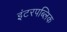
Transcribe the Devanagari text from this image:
इंटरपब्लिक